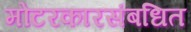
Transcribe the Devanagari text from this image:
मोटरकारसंबधित